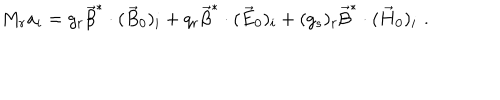
LaTeX: M _ { r } a _ { i } = g _ { r } \vec { \beta } ^ { * } \cdot ( \vec { B } _ { 0 } ) _ { i } + q _ { r } \vec { \beta } ^ { * } \cdot ( \vec { E } _ { 0 } ) _ { i } + ( g _ { s } ) _ { r } \vec { \beta } ^ { * } \cdot ( \vec { H } _ { 0 } ) _ { i } \, \, .